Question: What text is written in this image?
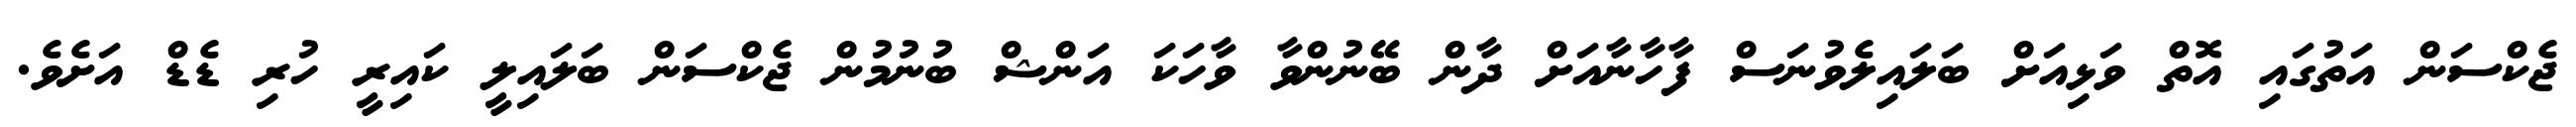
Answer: ޖެކްސަން އަތުގައި އޮތް ވަޅިއަށް ބަލައިލެވުނަސް ފާހާނާއަށް ދާން ބޭނުންވާ ވާހަކަ އަންޝް ބުނުމުން ޖެކްސަން ބަލައިލީ ކައިރީ ހުރި ޑެޑް އަށެވެ.